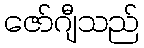
ဇော်ဂျီသည်